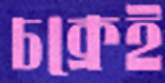
চক্রেই